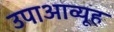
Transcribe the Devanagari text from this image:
उपाआव्यूह